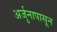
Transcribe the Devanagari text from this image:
अर्जुनापासून